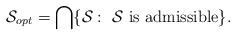
LaTeX: \begin{align*}\mathcal{S}_{opt} = \bigcap \{ \mathcal{S} : \mbox{ $\mathcal{S}$ is admissible} \}.\end{align*}